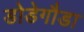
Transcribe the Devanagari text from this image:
डोडेगौडा